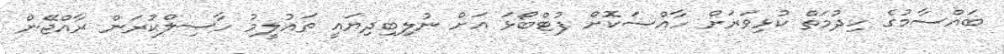
ބައްސާމުގެ ހިދުމަތް ކުޅިވަރަށް ހާއްސަކޮށް ފުޓްބޯޅަ އަށް ނުލިބިދިޔައީ ތައުލީމު ހާސިލްކުރަން ރާއްޖޭން